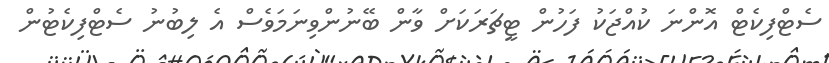
ސެޓްފިކެޓް އޮންނަ ކުއްޖަކު ފަހުން ޓީޗަރަކަށް ވާން ބޭނުންވިނަމަވެސް އެ ލިބުނު ސެޓްފިކެޓުން